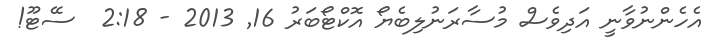
އެހެންނުވާނީ އަދިވެސް މުސާރަނުލިބެޔޯޯޯޯޯޯޯޯޯޯޯޯޯޯޯޯޯޯޯޯޯޯޯޯޯޯޯޯ އޮކްޓޯބަރު 16